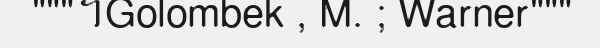
"""។Golombek , M. ; Warner"""